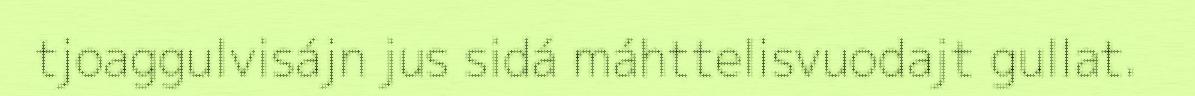
tjoaggulvisájn jus sidá máhttelisvuodajt gullat.